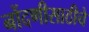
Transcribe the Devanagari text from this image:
नोंदणीसाठीचे